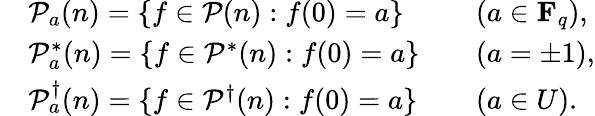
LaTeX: \begin{array}{rlrl}&{\mathcal{P}_{a}(n)=\{ f\in\mathcal{P}(n):f(0)=a\} }&&{(a\in\mathbf{F}_{q}),}\\ &{\mathcal{P}_{a}^{*}(n)=\{ f\in\mathcal{P}^{*}(n):f(0)=a\} }&&{(a=\pm 1),}\\ &{\mathcal{P}_{a}^{\dagger}(n)=\{ f\in\mathcal{P}^{\dagger}(n):f(0)=a\} }&&{(a\in U).}\end{array}